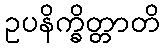
ဥပနိက္ခိတ္တာတိ